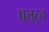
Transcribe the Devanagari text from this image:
पलट्न